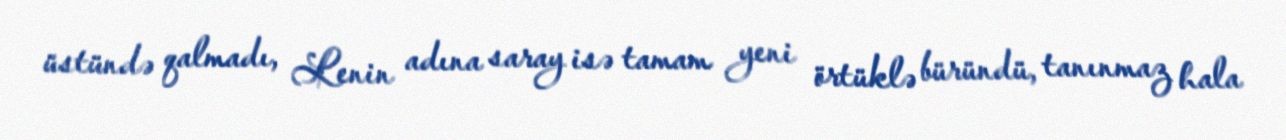
üstündə qalmadı, Lenin adına saray isə tamam yeni örtüklə büründü, tanınmaz hala